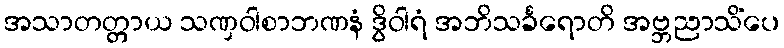
အသာတတ္တာယ သဏှဝါစာဘဏနံ ဒွိဝါရံ အဘိသင်္ခရောတိ အဗ္ဘညာသိံပေ